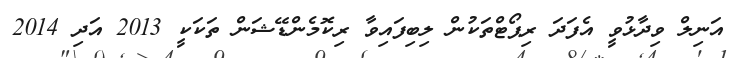
އަނިލް ވިދާޅުވީ އެފަދަ ރިޕޯޓްތަކުން ލިބިފައިވާ ރިކޮމެންޑޭޝަން ތަކަކީ 2013 އަދި 2014